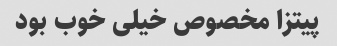
پیتزا مخصوص خیلی خوب بود